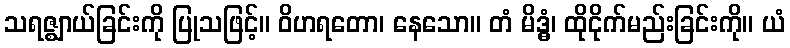
သရဇ္ဈာယ်ခြင်းကို ပြုသဖြင့်။ ဝိဟရတော၊ နေသော။ တံ မိဒ္ဓံ၊ ထိုငိုက်မည်းခြင်းကို။ ယံ